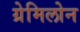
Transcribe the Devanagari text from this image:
ग्रेमिलोन